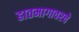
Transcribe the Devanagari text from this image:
हातमागावरचे